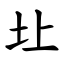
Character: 圵